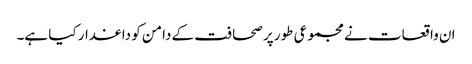
ان واقعات نے مجموعی طور پر صحافت کے دامن کو داغدار کیا ہے۔